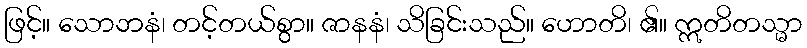
ဖြင့်။ သောဘနံ၊ တင့်တယ်စွာ။ ဇာနနံ၊ သိခြင်းသည်။ ဟောတိ၊ ၏။ ဣတိတသ္မာ